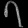
Digit: ၇